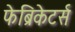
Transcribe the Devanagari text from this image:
फेब्रिकेटर्स